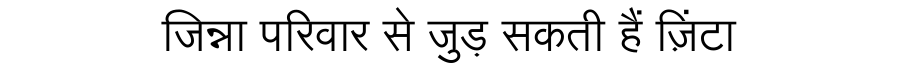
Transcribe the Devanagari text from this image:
जिन्ना परिवार से जुड़ सकती हैं ज़िंटा